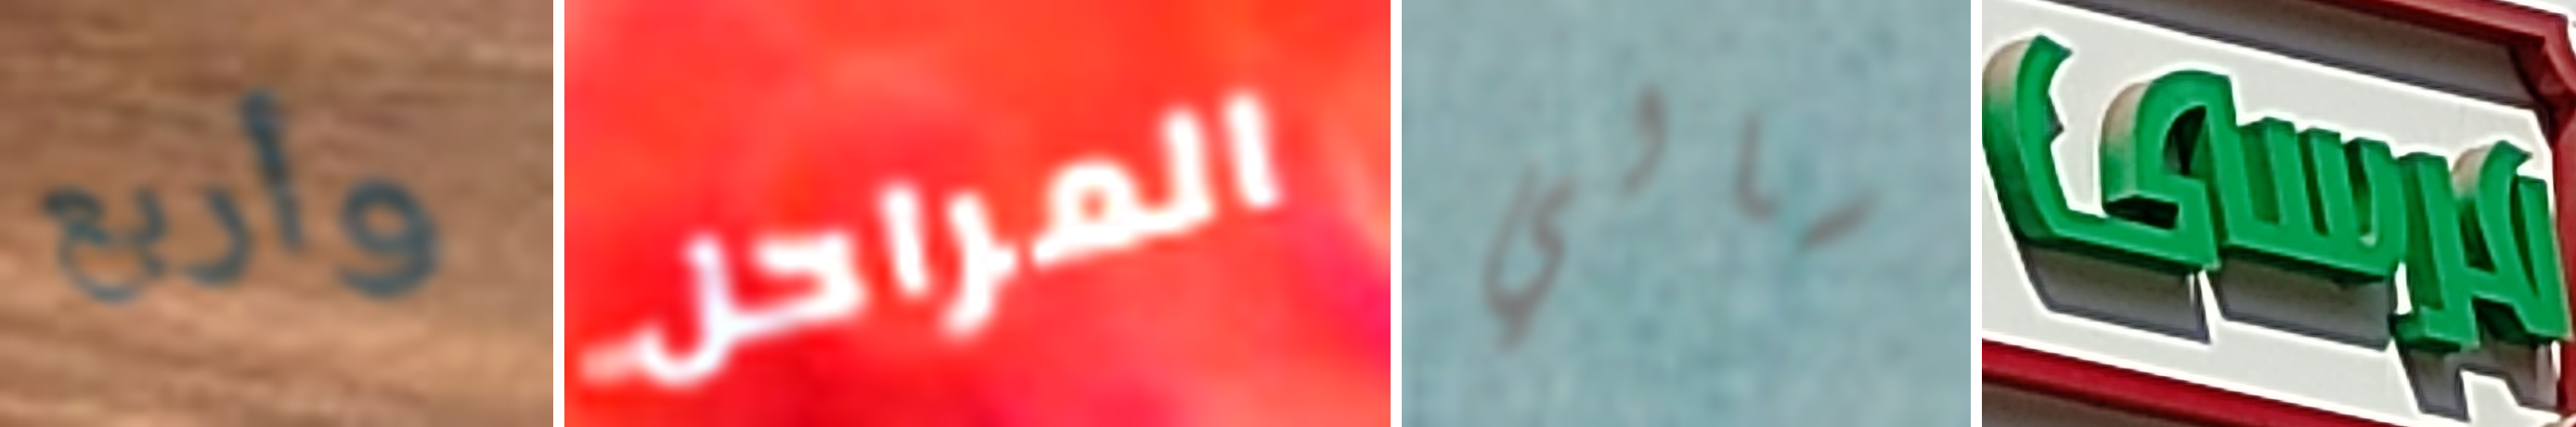
وأربع المراحل سالي مرسى